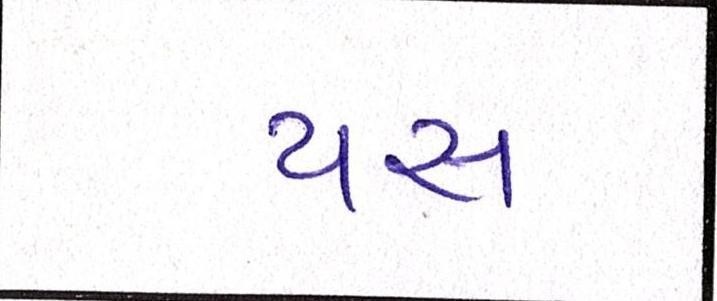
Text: યસ